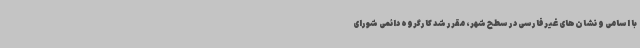
با اسامی و نشان‌های غیرفارسی در سطح شهر، مقرر شد کارگروه دائمی شورای